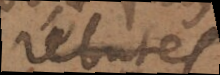
rébutes